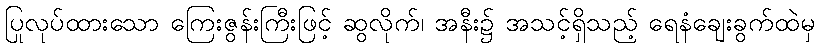
ပြုလုပ်ထားသော ကြေးဇွန်းကြီးဖြင့် ဆွလိုက်၊ အနီး၌ အသင့်ရှိသည့် ရေနံချေးခွက်ထဲမှ